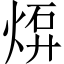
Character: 𤊠